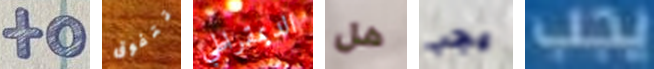
to تتفوق الديمقراطي هل يجب يجب